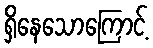
ရှိနေသောကြောင့်